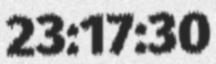
23:17:30